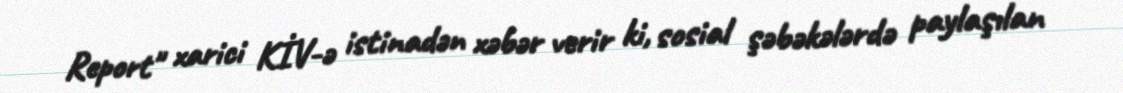
Report" xarici KİV-ə istinadən xəbər verir ki, sosial şəbəkələrdə paylaşılan